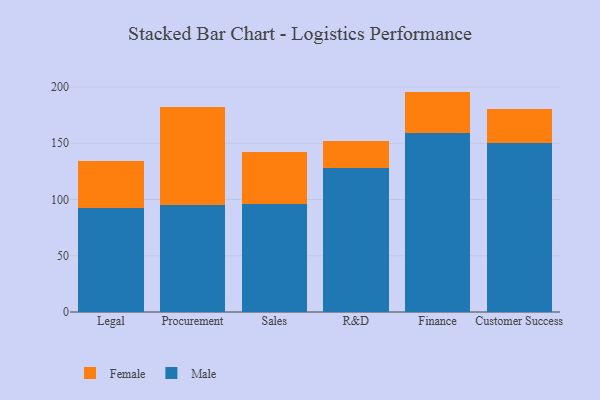
{"axis": {"x": "Department", "y": "Customer Acquisition Cost (USD)"}, "legend": ["Female", "Male"], "data": [{"x": "Legal", "y": 92.1, "type": "Male"}, {"x": "Legal", "y": 41.8, "type": "Female"}, {"x": "Procurement", "y": 95.4, "type": "Male"}, {"x": "Procurement", "y": 86.5, "type": "Female"}, {"x": "Sales", "y": 95.6, "type": "Male"}, {"x": "Sales", "y": 46.5, "type": "Female"}, {"x": "R&D", "y": 128.0, "type": "Male"}, {"x": "R&D", "y": 23.7, "type": "Female"}, {"x": "Finance", "y": 159.0, "type": "Male"}, {"x": "Finance", "y": 36.9, "type": "Female"}, {"x": "Customer Success", "y": 150.5, "type": "Male"}, {"x": "Customer Success", "y": 29.7, "type": "Female"}]}